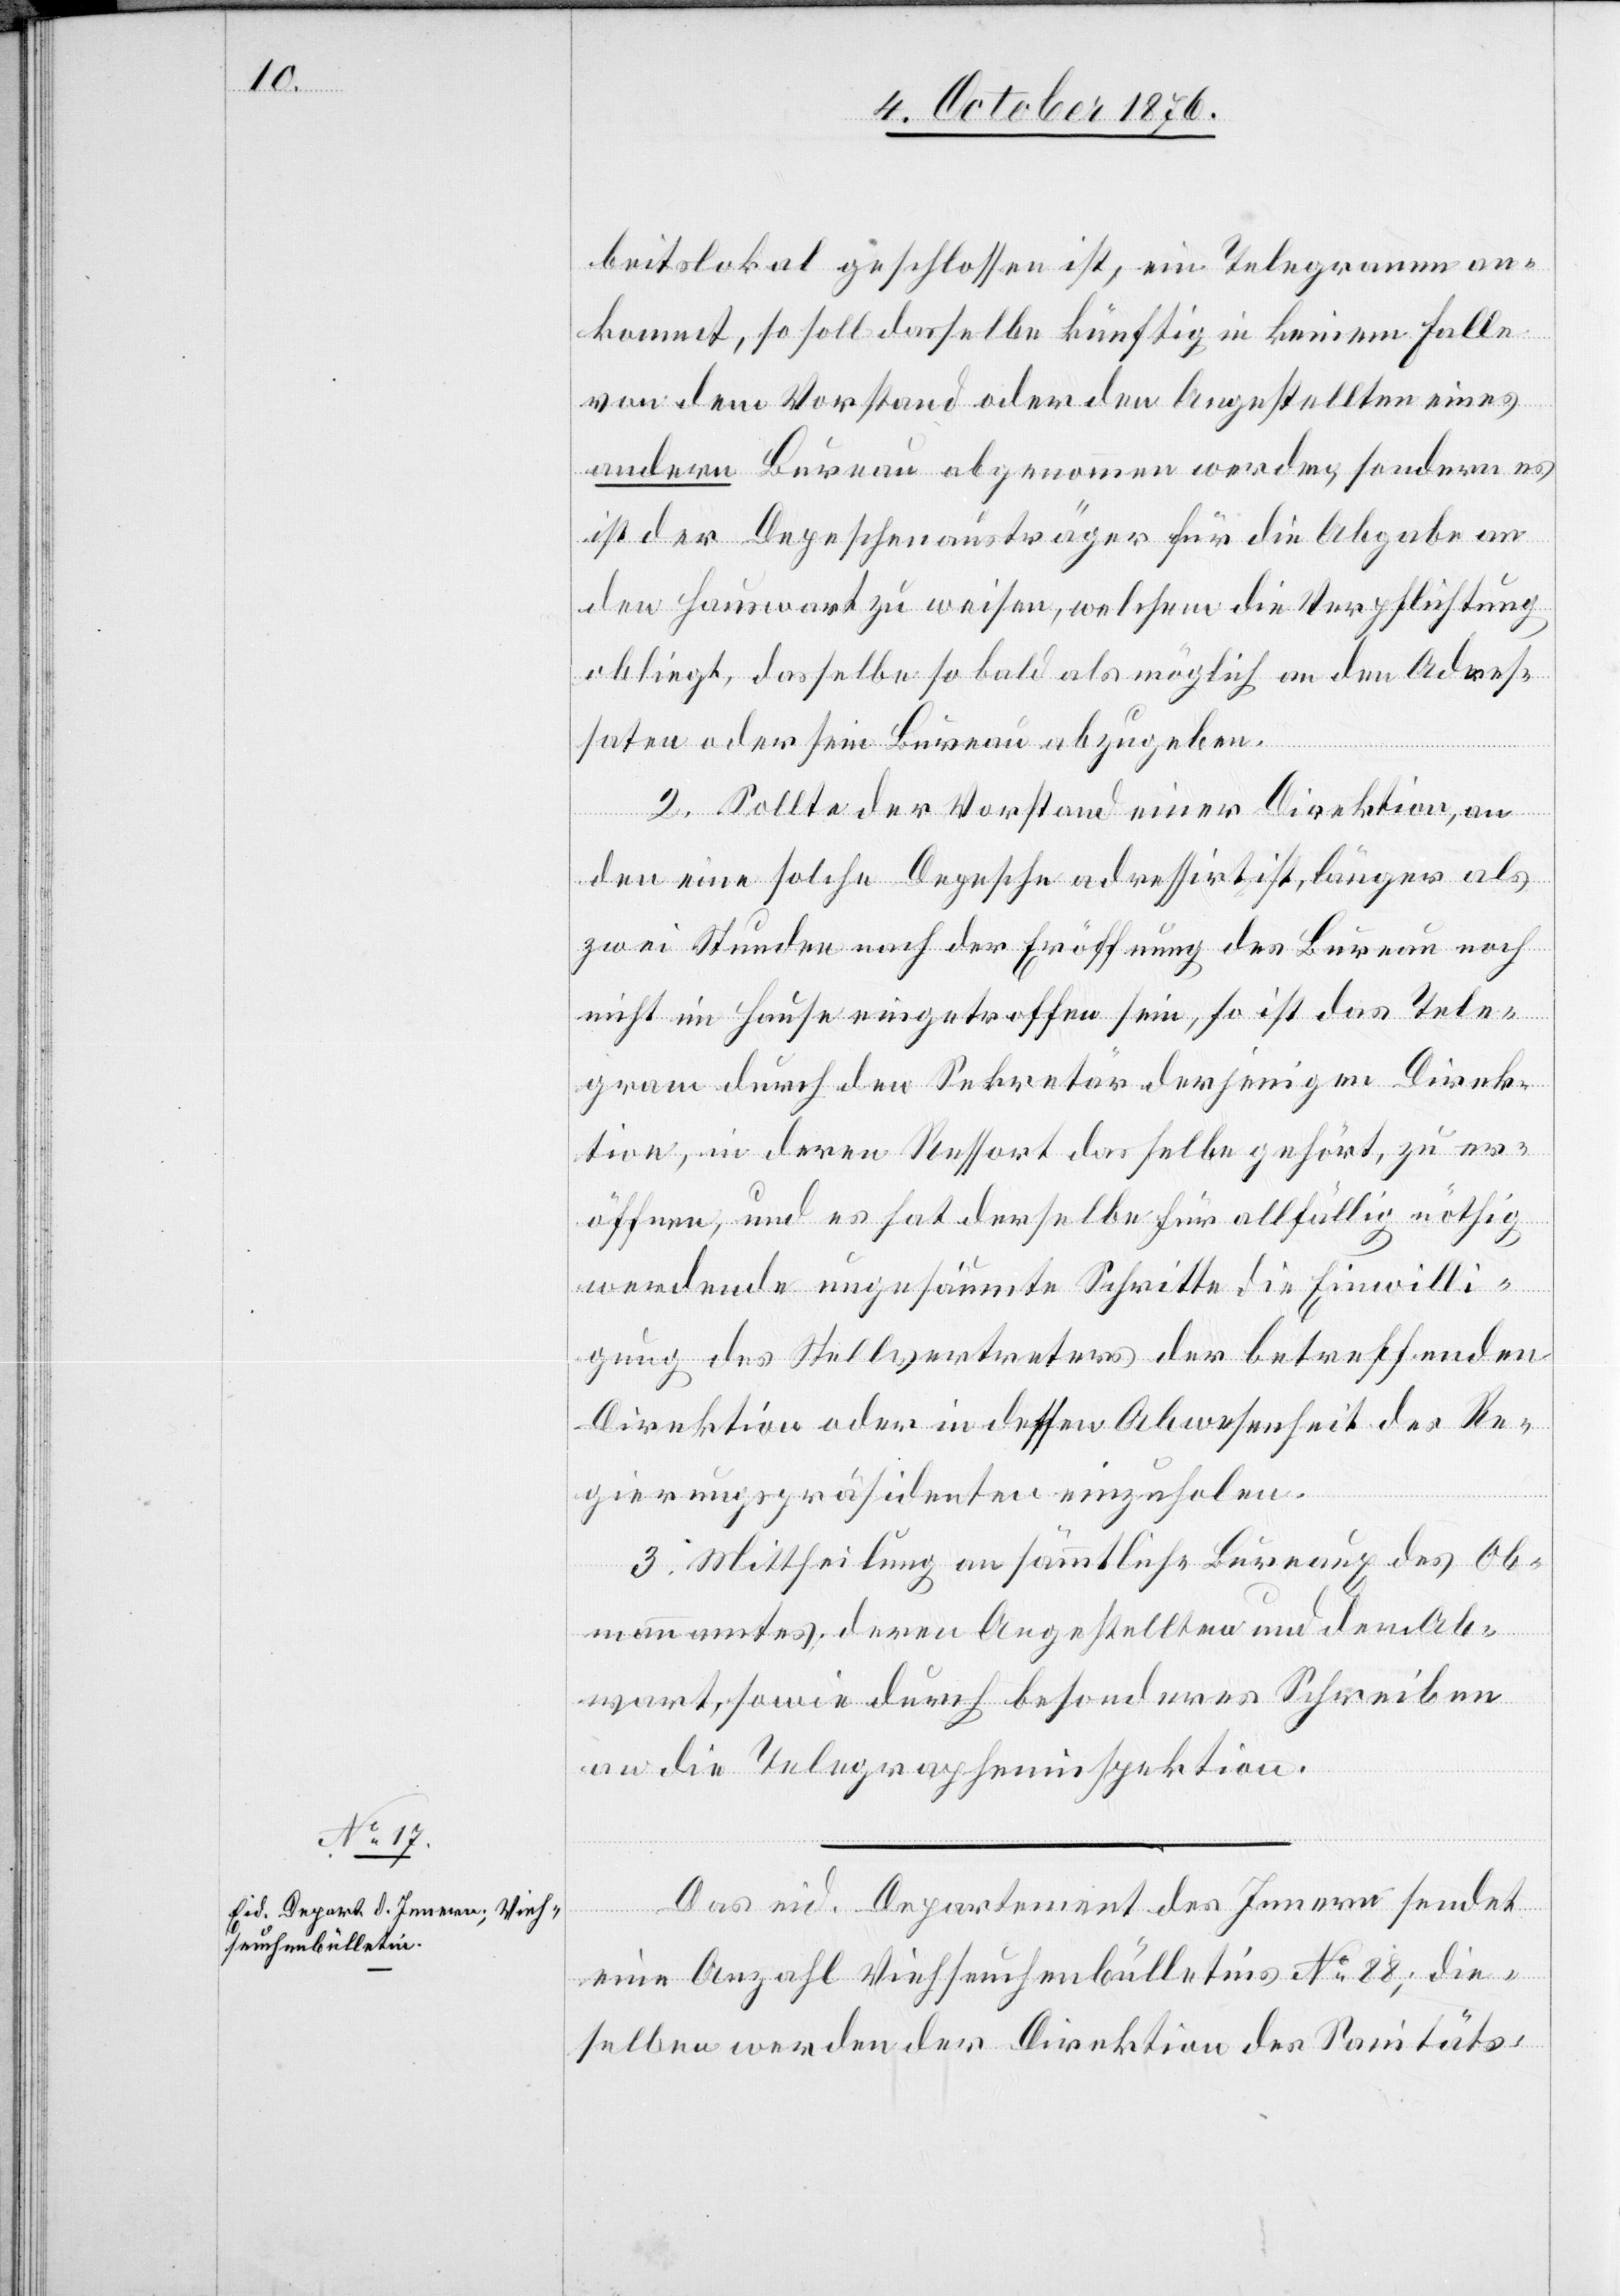
6. Oct. 1876.]
beitslokal geschlossen ist, ein Telegramm an¬
kommt, so soll dasselbe künftig in keinem Falle
von dem Vorstand oder den Angestellten eines
andern Bureau abgenommen werden, sondern es
ist der Depeschenausträger für die Abgabe an
den Hauswart zu weisen, welchem die Verpflichtung
obliegt, dasselbe so bald als möglich an den Adres¬
saten oder sein Bureau abzugeben.
2. Sollte der Vorstand einer Direktion, an
den eine solche Depesche adressirt ist, länger als
zwei Stunden nach der Eröffnung des Bureau noch
nicht im Hause eingetroffen sein, so ist das Tele¬
gramm durch den Sekretär derjenigen Direk¬
tion, in deren Ressort dasselbe gehört, zu er¬
öffnen, und es hat derselbe für allfällig nöthig
werdende ungesäumte Schritte die Einwilli¬
gung des Stellvertreters der betreffenden
Direktion oder in dessen Abwesenheit des Re¬
gierungspräsidenten einzuholen.
3. Mittheilung an sämmtliche Bureaux des Ob¬
mannamtes, deren Angestellten und dem Ab¬
wart, sowie durch besonderes Schreiben
an die Telegrapheninspektion.
Das eid. Departement des Innern sendet
eine Anzahl Viehseuchenbülletins No 88; die¬
selben werden der Direktion des Sanitäts-